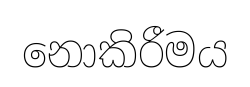
නොකිරීමය